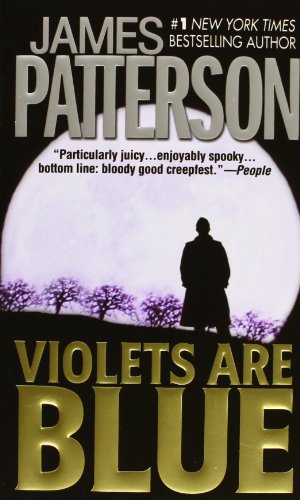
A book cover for Violets Are Blue (Alex Cross); James Patterson; Mystery, Thriller & Suspense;